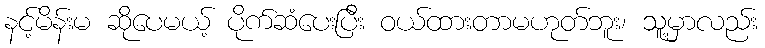
နင့်မိန်းမ ဆိုပေမယ့် ပိုက်ဆံပေးပြီး ဝယ်ထားတာမဟုတ်ဘူး၊ သူ့မှာလည်း